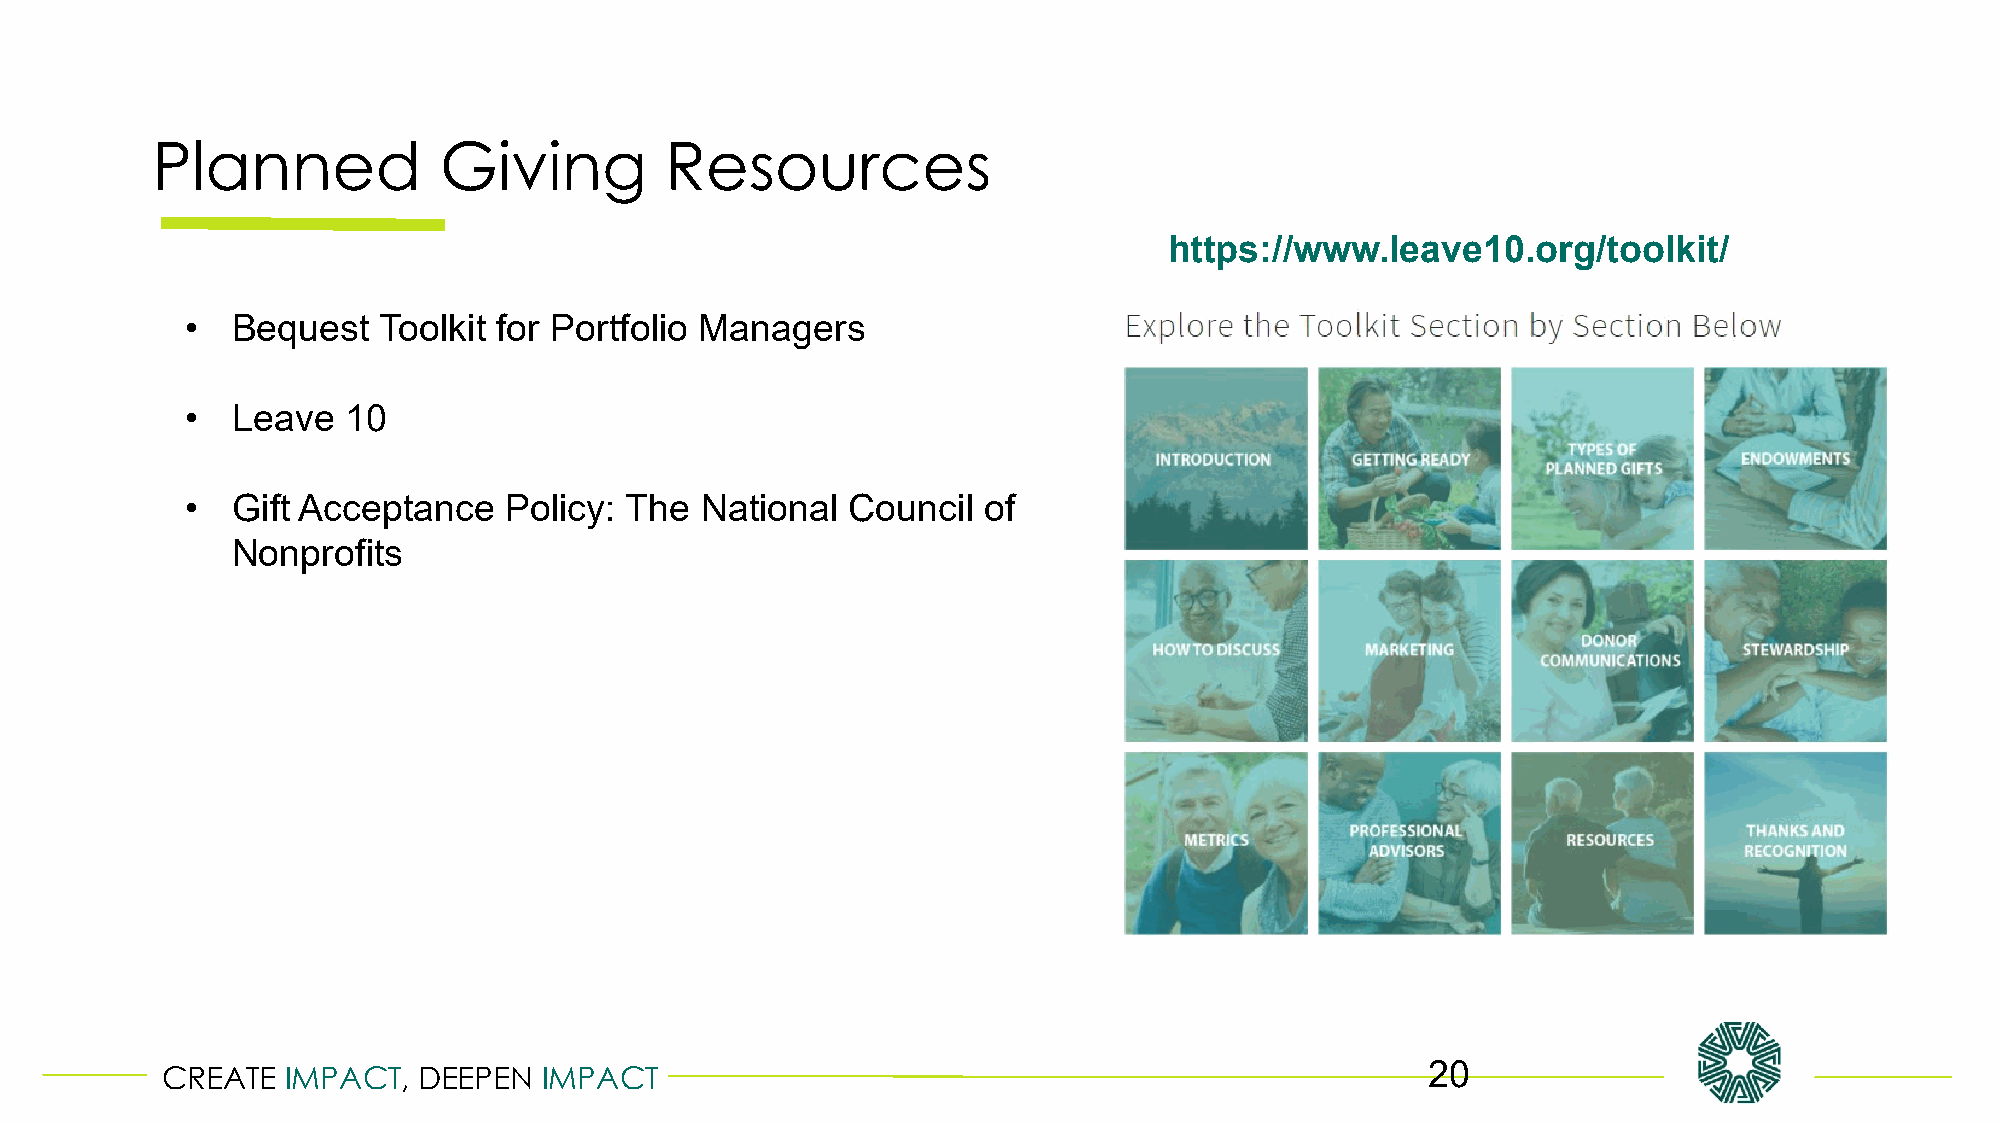
Planned            Giving         Resources
 https://www.leave10.org/toolkit/
 •  Bequest   Toolkit for Portfolio Managers
 •  Leave   10
 •  Gift Acceptance   Policy: The  National  Council  of
 Nonprofits
 CREATE  IMPACT,  DEEPEN  IMPACT                                                     20